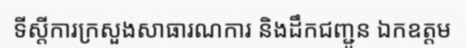
ទីស្តីការក្រសួងសាធារណការ និងដឹកជញ្ជូន ឯកឧត្តម